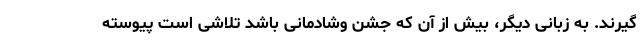
گیرند. به زبانی دیگر، بیش از آن که جشن وشادمانی باشد تلاشی است پیوسته